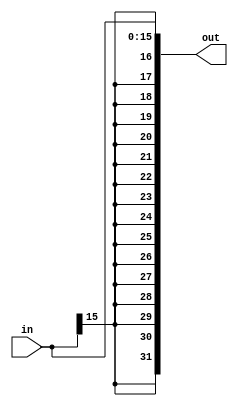
`timescale 1ns / 1ps
//////////////////////////////////////////////////////////////////////////////////
// Company: 
// Engineer: 
// 
// Design Name: 
// Module Name: SignExtend
// Project Name: 
// Target Devices: 
// Tool Versions: 
// Description: 
// 
// Dependencies: 
// 
// Revision:
// Revision 0.01 - File Created
// Additional Comments:
// 
//////////////////////////////////////////////////////////////////////////////////


module SignExtend (
    input   wire    [15:0]  in,
    output  wire    [31:0]  out
);

    assign out = {{16{in[15]}}, in[15:0]};

endmodule // SignExtend